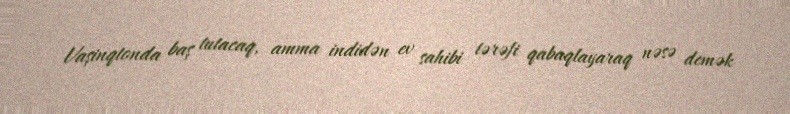
Vaşinqtonda baş tutacaq, amma indidən ev sahibi tərəfi qabaqlayaraq nəsə demək